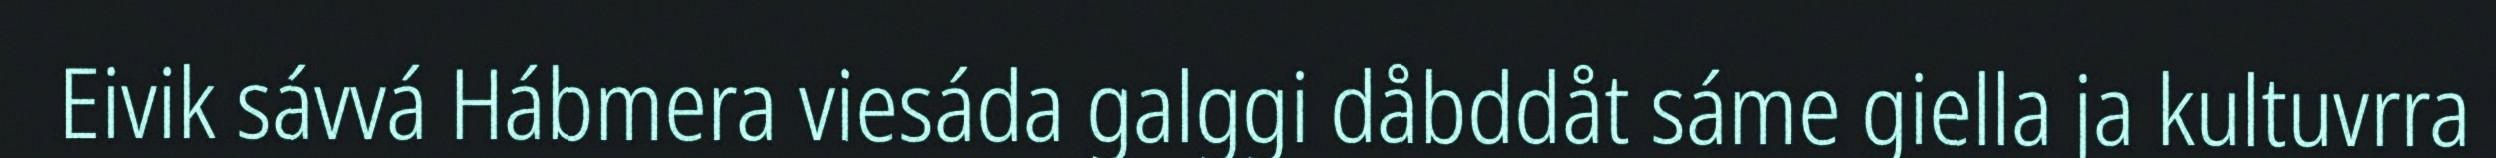
Eivik sávvá Hábmera viesáda galggi dåbddåt sáme giella ja kultuvrra